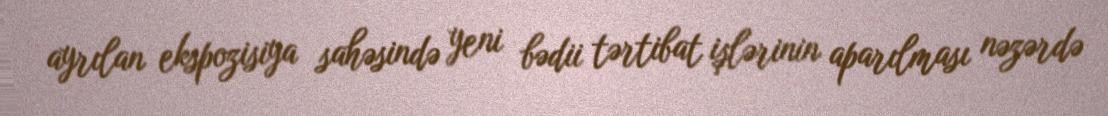
ayrılan ekspozisiya sahəsində yeni bədii tərtibat işlərinin aparılması nəzərdə